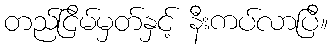
တည်ငြိမ်မှတ်နှင့် နီးကပ်လာပြီ။